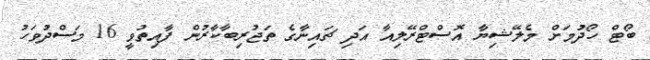
ބޯޓް ހޯދުމަށް މެލޭޝިޔާ އޮސްޓްރޭލިއާ އަދި ޗައިނާގެ ތަޖުރިބާކާރުން ފާއިތުވީ 16 މަސްދުވަހު